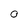
Character: 0